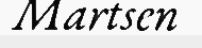
Martsen